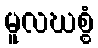
မူလဃစ္စံ